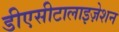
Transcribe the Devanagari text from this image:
डीएसीटालाइज़ेशन